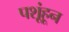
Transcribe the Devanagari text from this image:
पशूंहून